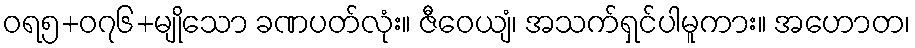
ဝရ၅+၀၇၆+မျိုသော ခဏပတ်လုံး။ ဇီဝေယျံ၊ အသက်ရှင်ပါမူကား။ အဟောတ၊